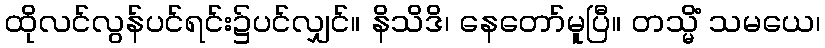
ထိုလင်လွန်ပင်ရင်း၌ပင်လျှင်။ နိသိဒိ၊ နေတော်မူပြီ။ တသ္မိံ သမယေ၊